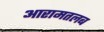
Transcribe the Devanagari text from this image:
आरामतलब